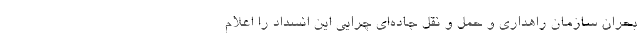
بحران سازمان راهداری و حمل و نقل جاده‌ای چرایی این انسداد را اعلام